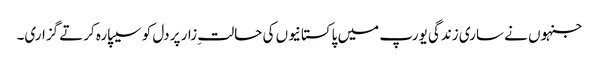
جنہوں نے ساری زندگی یورپ میں پاکستانیوں کی حالتِ زار پر دل کو سیپارہ کرتے گزاری۔